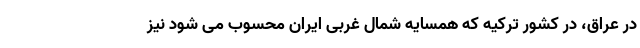
در عراق، در کشور ترکیه که همسایه شمال غربی ایران محسوب می شود نیز